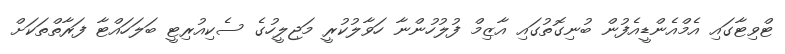
ޓްވިޓާގައި އެމްއެންޑީއެފުން ބުނިގޮތުގައި އާޒިމް ފުލުހުންނާ ހަވާލުކުރީ މަޖިލީހުގެ ސެކިއުރިޓީ ބަލަހައްޓާ ފަރާތްތަކަށް